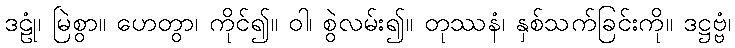
ဒဠုံ၊ မြဲစွာ။ ဟေတွာ၊ ကိုင်၍။ ဝါ၊ စွဲလမ်း၍။ တုဿနံ၊ နှစ်သက်ခြင်းကို။ ဒဋ္ဌဗ္ဗံ၊